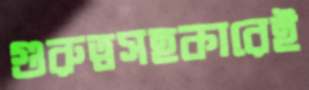
গুরুত্বসহকারেই